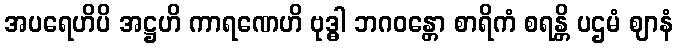
အပရေဟိပိ အဋ္ဌဟိ ကာရဏေဟိ ဗုဒ္ဓါ ဘဂဝန္တော စာရိကံ စရန္တိ ပဌမံ ဈာနံ